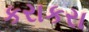
કરાકરા